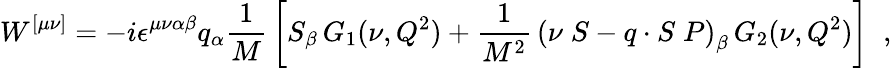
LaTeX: W^{[\mu\nu]}=-i\epsilon^{\mu\nu\alpha\beta}q_{\alpha}{\frac{1}{M}}\left\lbrack S_{\beta}\, G_{1}(\nu,Q^{2})+{\frac{1}{M^{2}}}\, \left(\nu\; S-q\cdot S\; P\right)_{\beta}\, G_{2}(\nu,Q^{2})\right\rbrack\; \; ,